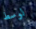
لوسط